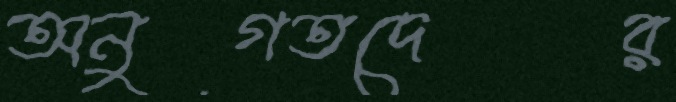
অনুগতদের